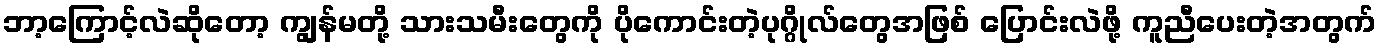
ဘာ့ကြောင့်လဲဆိုတော့ ကျွန်မတို့ သားသမီးတွေကို ပိုကောင်းတဲ့ပုဂ္ဂိုလ်တွေအဖြစ် ပြောင်းလဲဖို့ ကူညီပေးတဲ့အတွက်